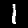
Digit: 1